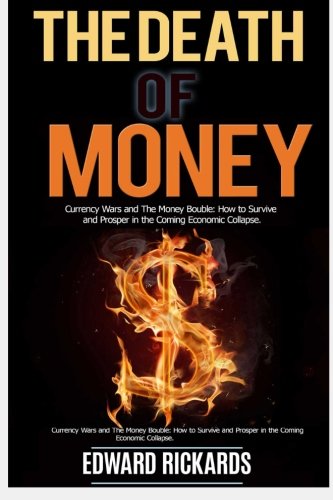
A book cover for The Death of Money: Currency Wars and the Money Bubble: How to   Survive and Prosper in the Coming Economic   Collapse; Edward Rickards; Business & Money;